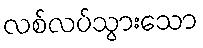
လစ်လပ်သွားသော